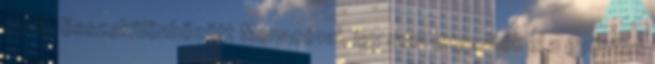
pedig összekülönbözött Monacóval, így nem engedték el a győztes